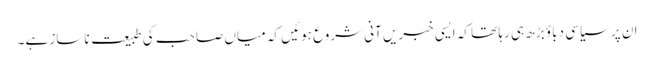
ان پر سیاسی دباؤ بڑھ ہی رہا تھا کہ ایسی خبریں آنی شروع ہوئیں کہ میاں صاحب کی طبیعت ناساز ہے۔